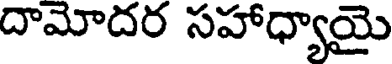
దామోదర సహాధ్యాయై